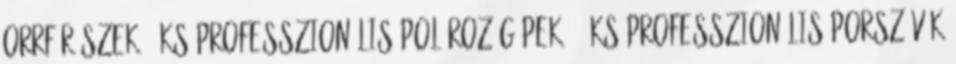
orrfűrészek 6 ks Professzionális polírozógépek 20 ks Professzionális porszívók